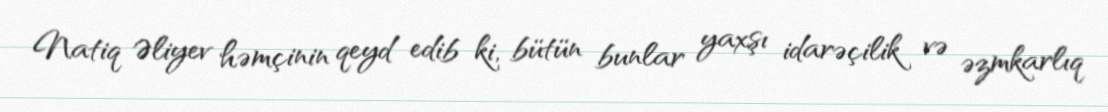
Natiq Əliyev həmçinin qeyd edib ki, bütün bunlar yaxşı idarəçilik və əzmkarlıq